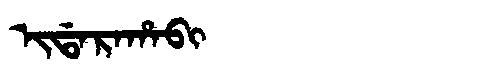
Manchu: ᡳᡩᠠᡵᠠᡥᠠᠪᡳ
Romanization: IDARAHABI